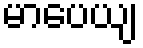
မာပေယျ